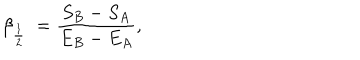
\beta _ { { \frac { 1 } { 2 } } } \ = { \frac { S _ { B } - S _ { A } } { E _ { B } - E _ { A } } } ,